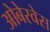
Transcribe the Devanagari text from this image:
ओबेरवेस